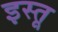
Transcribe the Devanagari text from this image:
इस्तू